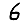
Digit: 6